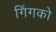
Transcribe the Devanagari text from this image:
गिंगको